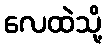
လေထဲသို့